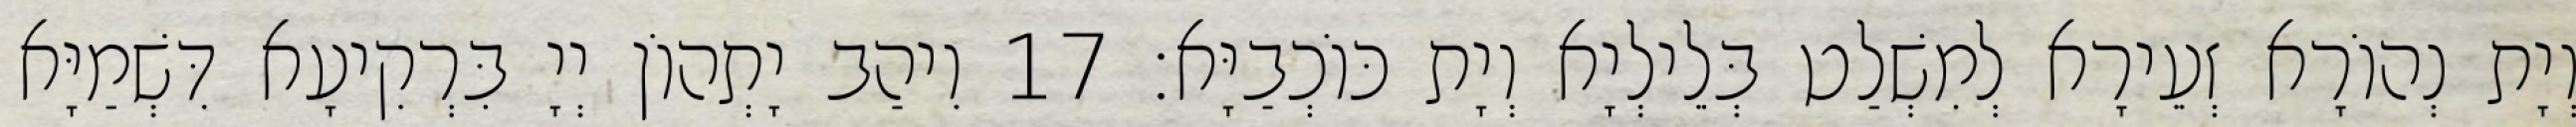
וְיָת נְהוֹרָא זְעֵירָא לְמִשְׁלַט בְּלֵילְיָא וְיָת כּוֹכְבַיָּא׃ 17 וִיהַב יָתְהוֹן יְיָ בִּרְקִיעָא דִּשְׁמַיָּא